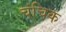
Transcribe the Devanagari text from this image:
चंचिक